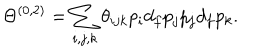
\Theta ^ { ( 0 , 2 ) } = \sum _ { i , j , k } \theta _ { i j k } p _ { i } d _ { f } p _ { j } p _ { j } d _ { f } p _ { k } .